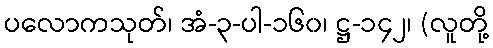
ပလောကသုတ်၊ အံ-၃-ပါ-၁၆၀၊ ဋ္ဌ-၁၄၂၊ (လူတို့